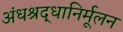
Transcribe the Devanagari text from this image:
अंधश्रद्धानिर्मूलन